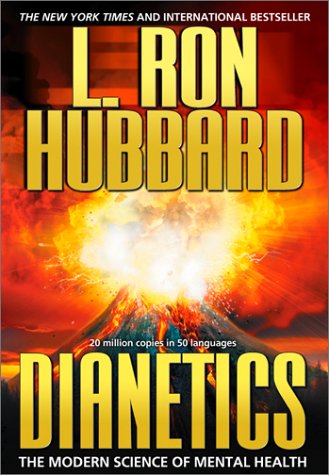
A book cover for Dianetics The Modern Science of Mental Health; L Ron Hubbard; Religion & Spirituality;